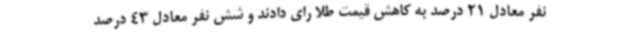
نفر معادل 21 درصد به کاهش قیمت طلا رای دادند و شش نفر معادل 43 درصد